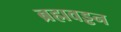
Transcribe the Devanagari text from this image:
ब्रह्मवड्ढन